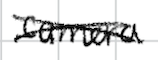
Text: camera
Cross-out: mix
Writing tool: digital_black